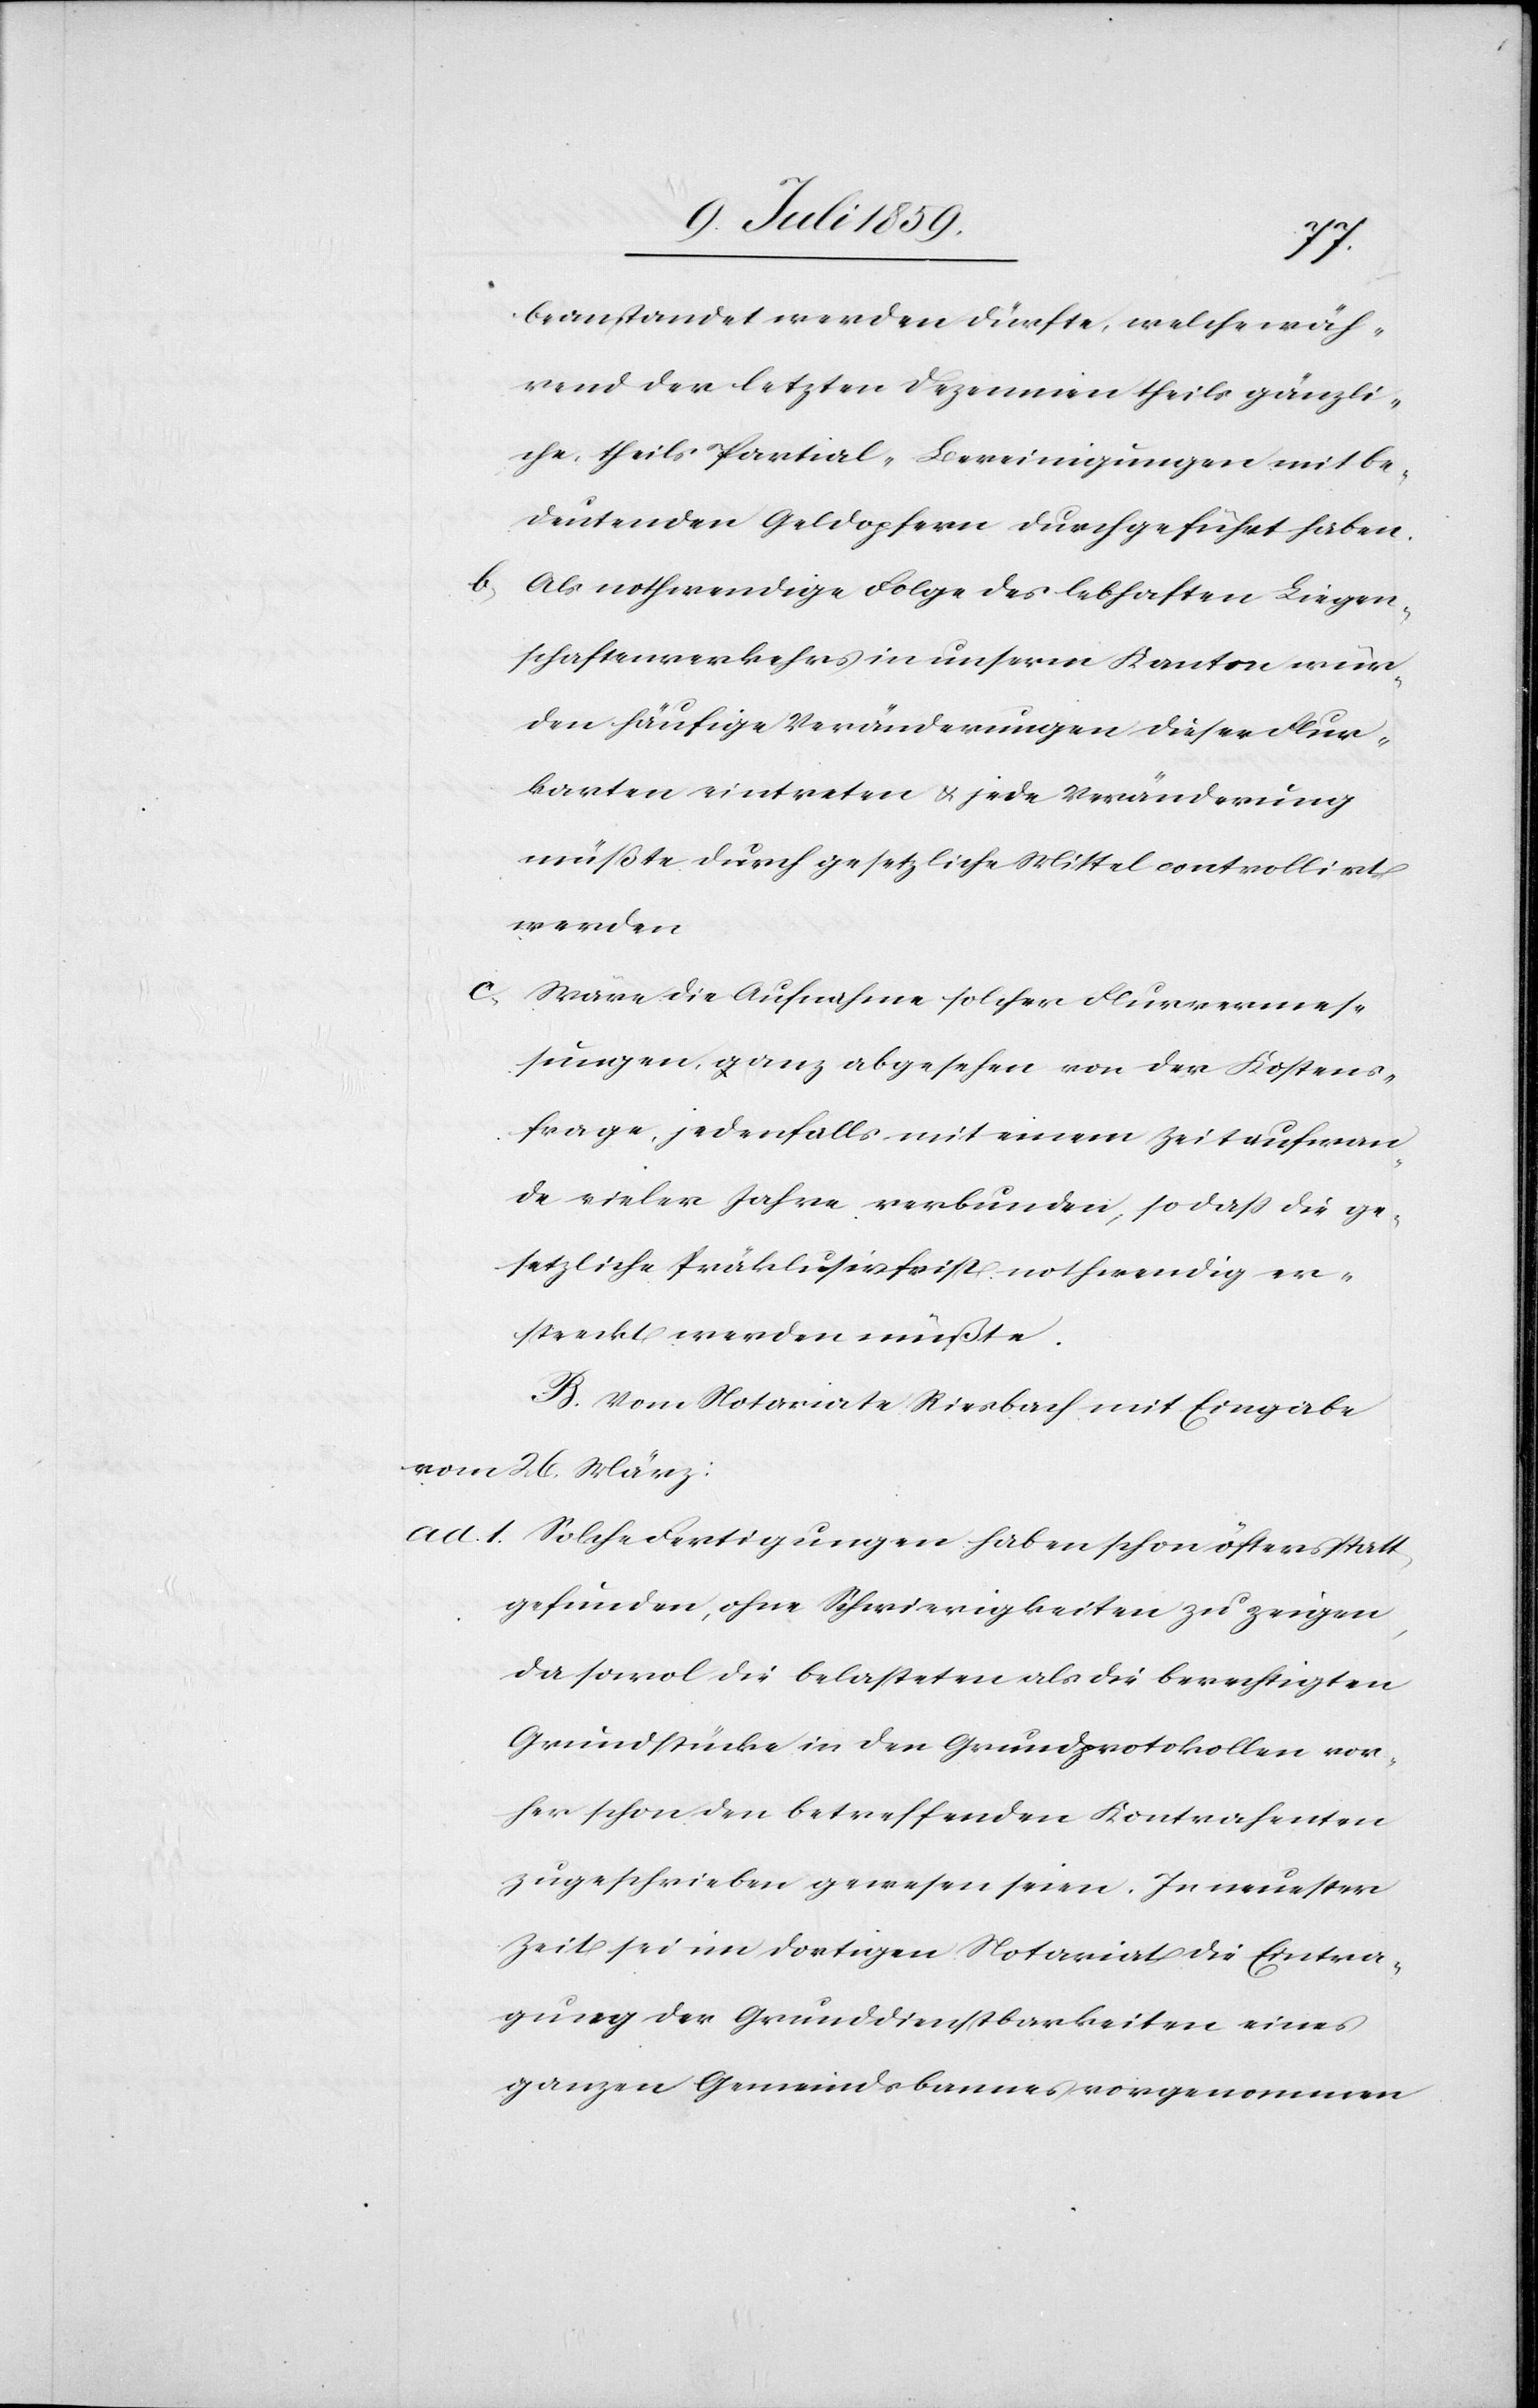
beanstandet werden dürfte, welche wäh¬
rend der letzten Dezennien theils gänzli¬
che, theils Partial-Bereinigungen mit be¬
deutenden Geldopfern durchgeführt haben.
b) Als nothwendige Folge des lebhaften Liegen¬
schaftenverkehrs in unserm Kanton wür¬
den häufige Veränderungen dieser Flur¬
karten eintreten u. jede Veränderung
müßte durch gesetzliche Mittel controllirt
werden
Wäre die Aufnahme solcher Flurvermes¬
sungen ganz abgesehen von der Kostens¬
frage, jedenfalls mit einem Zeitaufwan¬
de vieler Jahre verbunden, so daß die ge¬
setzliche Präklusivfrist nothwendig er¬
streckt werden müßte.
B. Vom Notariate Riesbach mit Eingabe
vom 26. März:
ad. 1. Solche Fertigungen haben schon öfters statt
gefunden, ohne Schwierigkeiten zu zeigen,
da sowol die belasteten als die Berechtigten
Grundstücke in den Grundprotokollen vor¬
her schon den betreffenden Kontrahenten
zugeschrieben gewesen seien. In neuester
Zeit sei im dortigen Notariat die Eintra¬
gung der Grunddienstbarkeiten eines
ganzen Gemeindsbannes vorgenommen